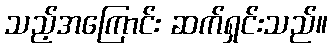
သည့်အကြောင်း ဆက်ရှင်းသည်။